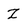
Character: Z